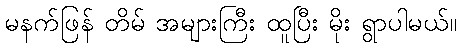
မနက်ဖြန် တိမ် အများကြီး ထူပြီး မိုး ရွာပါမယ်။